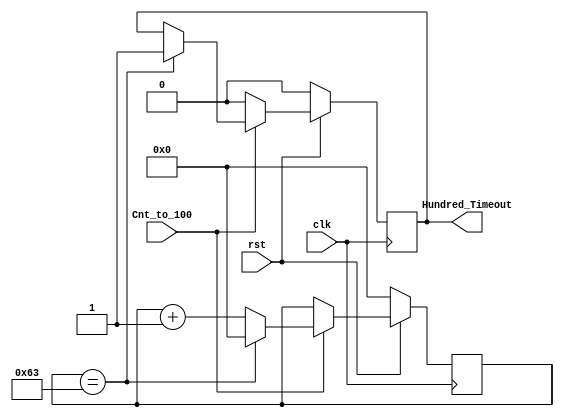
module Counting_to_100 (Cnt_to_100, Hundred_Timeout, clk, rst);

   input Cnt_to_100, rst, clk;
   reg [6:0] Count;

   output Hundred_Timeout;
   reg Hundred_Timeout;

   always @ (posedge clk) begin
      if (rst == 1'b0) begin
         Count <= 7'b0000000;
         Hundred_Timeout <= 1'b0;
      end
      else 
        begin
          if (Cnt_to_100 == 1'b1)
            begin
          //    if (Count == 7'b0000010) //this is for testing purposes
              if (Count == 7'b1100011) 
                begin
                 Hundred_Timeout <= 1'b1;
                 Count <= 7'b0000000;
                end
              else
               begin
             Count <= Count+ 7'b0000001;
               end
             end
           else
            begin
             Hundred_Timeout<= 1'b0;
            end
       end
   end
endmodule